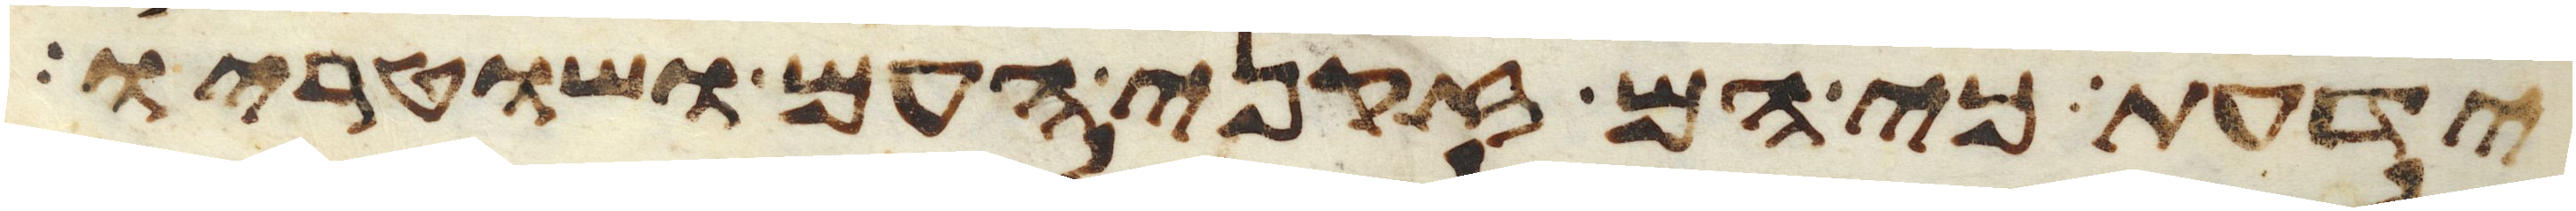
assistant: ידעת כי הם זקני העם ושוטריו